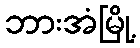
ဘားအံမြို့